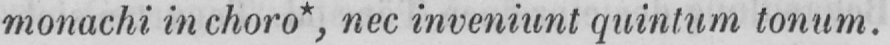
monachi in choro*, nec inveniunt quintum tonum.